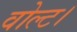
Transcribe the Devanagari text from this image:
वोल्ट।